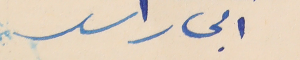
ابى راسد